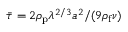
\bar { \tau } = 2 \rho _ { \mathrm { p } } \lambda ^ { 2 / 3 } a ^ { 2 } / ( 9 \rho _ { \mathrm { f } } \nu )